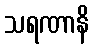
သရဏာနိ